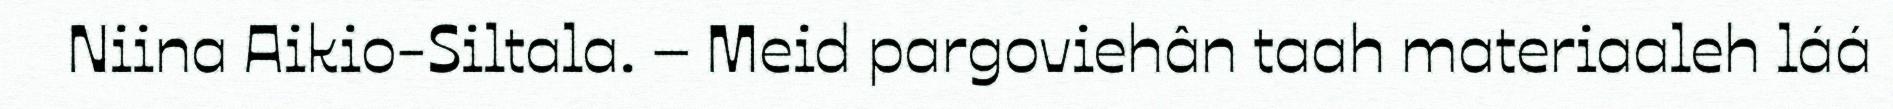
Niina Aikio-Siltala. – Meid pargoviehân taah materiaaleh láá